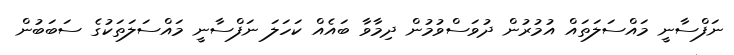
ނަފްސާނީ މައްސަލަތައް އުމުރުން ދުވަސްވުމުން ދިމާވާ ބައެއް ކަހަލަ ނަފްސާނީ މައްސަލަތަކުގެ ސަބަބުން